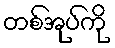
တစ်အုပ်ကို